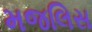
મજલિસ